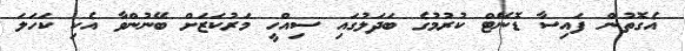
އެގޮތުން ފައިސާ ޑޮނޭޓް ކުރުމުގެ ބަދަލުގައި ސިއްހީ މަރުކަޒަށް ބޭނުންވާ އެކި ކަހަލަ